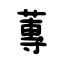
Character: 蓴